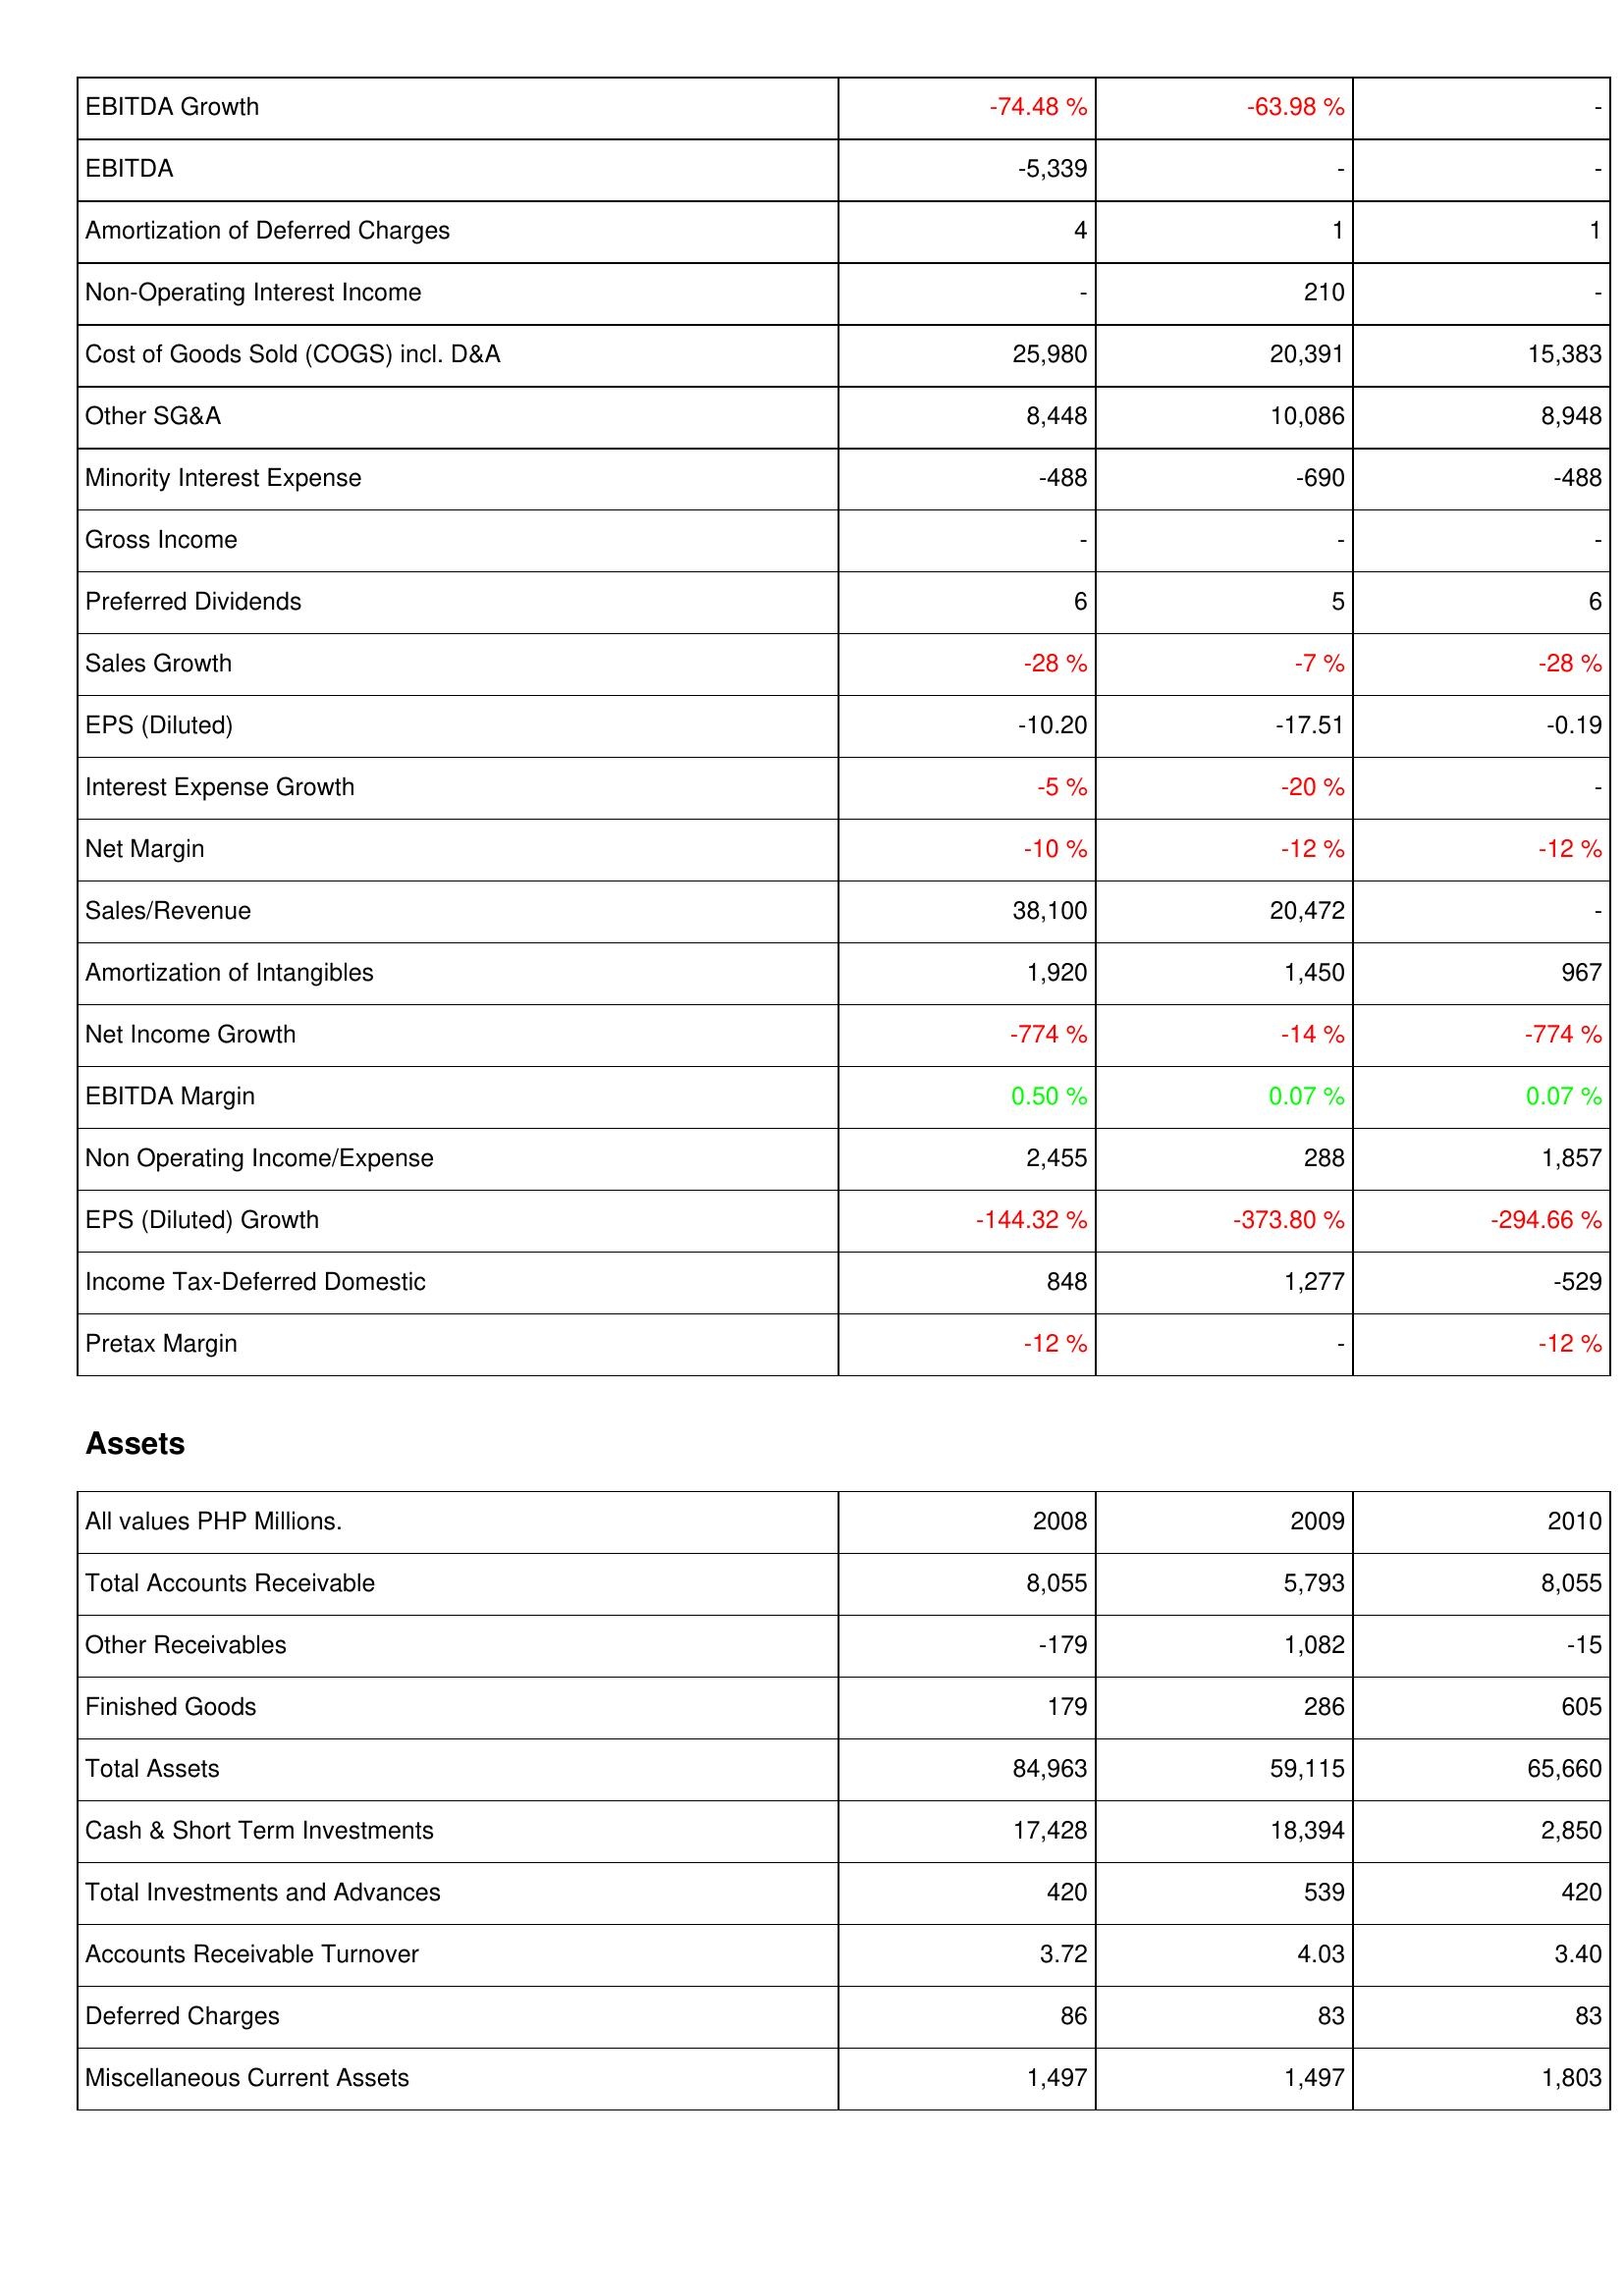
2008: Income Statement: EBITDA Growth: -74.48 %
EBITDA: -5,339
Amortization of Deferred Charges: 4
Non-Operating Interest Income: -
Cost of Goods Sold (COGS) incl. D&A: 25,980
Other SG&A: 8,448
Minority Interest Expense: -488
Gross Income: -
Preferred Dividends: 6
Sales Growth: -28 %
EPS (Diluted): -10.20
Interest Expense Growth: -5 %
Net Margin: -10 %
Sales/Revenue: 38,100
Amortization of Intangibles: 1,920
Net Income Growth: -774 %
EBITDA Margin: 0.50 %
Non Operating Income/Expense: 2,455
EPS (Diluted) Growth: -144.32 %
Income Tax-Deferred Domestic: 848
Pretax Margin: -12 %
Assets: Total Accounts Receivable: 8,055
Other Receivables: -179
Finished Goods: 179
Total Assets: 84,963
Cash & Short Term Investments: 17,428
Total Investments and Advances: 420
Accounts Receivable Turnover: 3.72
Deferred Charges: 86
Miscellaneous Current Assets: 1,497
2009: Income Statement: EBITDA Growth: -63.98 %
EBITDA: -
Amortization of Deferred Charges: 1
Non-Operating Interest Income: 210
Cost of Goods Sold (COGS) incl. D&A: 20,391
Other SG&A: 10,086
Minority Interest Expense: -690
Gross Income: -
Preferred Dividends: 5
Sales Growth: -7 %
EPS (Diluted): -17.51
Interest Expense Growth: -20 %
Net Margin: -12 %
Sales/Revenue: 20,472
Amortization of Intangibles: 1,450
Net Income Growth: -14 %
EBITDA Margin: 0.07 %
Non Operating Income/Expense: 288
EPS (Diluted) Growth: -373.80 %
Income Tax-Deferred Domestic: 1,277
Pretax Margin: -
Assets: Total Accounts Receivable: 5,793
Other Receivables: 1,082
Finished Goods: 286
Total Assets: 59,115
Cash & Short Term Investments: 18,394
Total Investments and Advances: 539
Accounts Receivable Turnover: 4.03
Deferred Charges: 83
Miscellaneous Current Assets: 1,497
2010: Income Statement: EBITDA Growth: -
EBITDA: -
Amortization of Deferred Charges: 1
Non-Operating Interest Income: -
Cost of Goods Sold (COGS) incl. D&A: 15,383
Other SG&A: 8,948
Minority Interest Expense: -488
Gross Income: -
Preferred Dividends: 6
Sales Growth: -28 %
EPS (Diluted): -0.19
Interest Expense Growth: -
Net Margin: -12 %
Sales/Revenue: -
Amortization of Intangibles: 967
Net Income Growth: -774 %
EBITDA Margin: 0.07 %
Non Operating Income/Expense: 1,857
EPS (Diluted) Growth: -294.66 %
Income Tax-Deferred Domestic: -529
Pretax Margin: -12 %
Assets: Total Accounts Receivable: 8,055
Other Receivables: -15
Finished Goods: 605
Total Assets: 65,660
Cash & Short Term Investments: 2,850
Total Investments and Advances: 420
Accounts Receivable Turnover: 3.40
Deferred Charges: 83
Miscellaneous Current Assets: 1,803